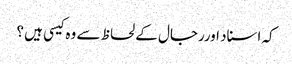
کہ اسناد اوررجال کے لحاظ سے وہ کیسی ہیں ؟